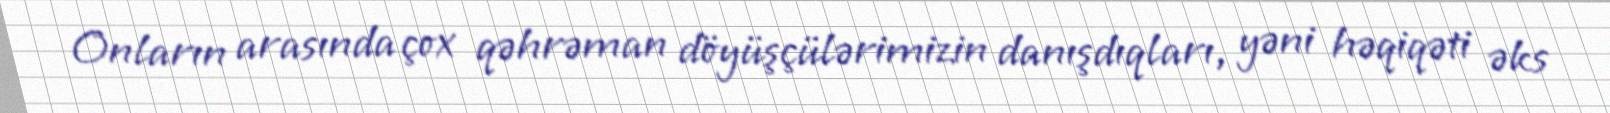
Onların arasında çox qəhrəman döyüşçülərimizin danışdıqları, yəni həqiqəti əks